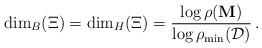
LaTeX: \begin{align*}\dim_B(\Xi)=\dim_H(\Xi)= \dfrac{\log\rho(\mathbf{M})}{\log \rho_{\min}(\mathcal{D})}\,.\end{align*}